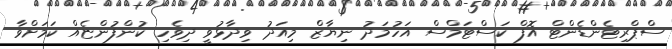
ސްޕްރިޓެންޑެންޓް އޮފް ކަސްޓަމްސް އަހުމަދު ނިޔާޒް މިއަދު ވިދާޅުވީ ދިވެހި ކުންފުންޏެއް ކަމަށްވާ